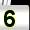
Digit: 5